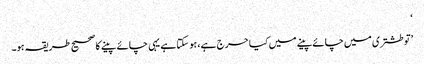
‘
’تو طشتری میں چائے پینے میں کیا حرج ہے، ہو سکتا ہے یہی چائے پینے کا صحیح طریقہ ہو۔